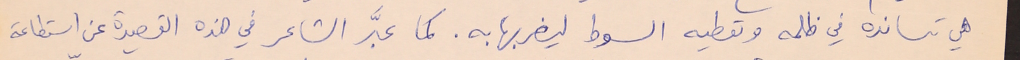
هي تسانده في ظلمه وتعطيه السوط ليضربها به. كما عبَّر الشاعر في هذه القصيدة عن استطاعة